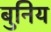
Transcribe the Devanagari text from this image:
बुनिय